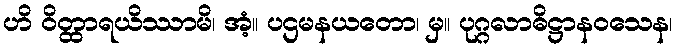
ဟိ ဝိတ္ထာရယိဿာမိ၊ အံ့။ ပဌမနယတော၊ မှ။ ပုဂ္ဂလာဓိဋ္ဌာနဝသေန၊